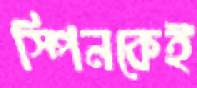
স্পিনকেই